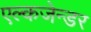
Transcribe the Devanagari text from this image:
एल्कजेन्डर